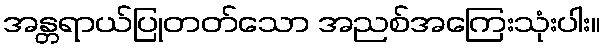
အန္တရာယ်ပြုတတ်သော အညစ်အကြေးသုံးပါး။